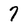
Character: 7